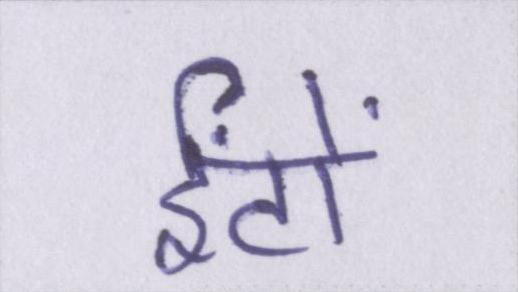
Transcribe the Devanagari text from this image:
ईंटों